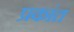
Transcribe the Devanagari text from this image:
प्रकांत